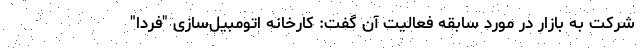
شرکت به بازار در مورد سابقه فعالیت آن گفت: کارخانه اتومبیل‌سازی "فردا"